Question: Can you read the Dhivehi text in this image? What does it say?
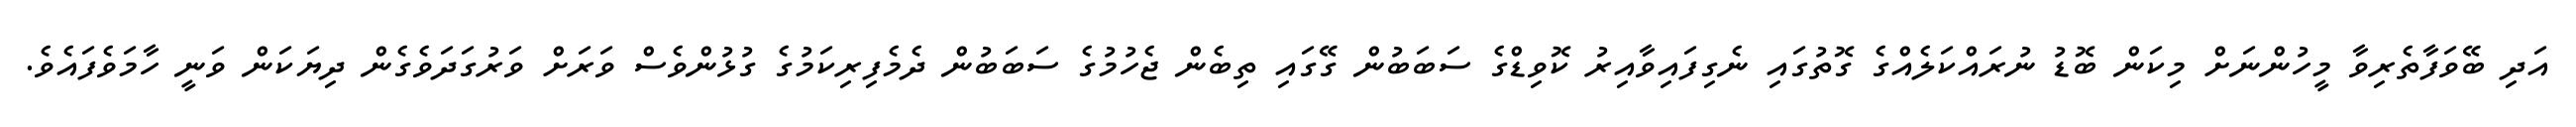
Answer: އަދި ބޭވަފާތެރިވާ މީހުންނަށް މިކަން ބޮޑު ނުރައްކަލެއްގެ ގޮތުގައި ނެގިފައިވާއިރު ކޮވިޑްގެ ސަބަބުން ގޭގައި ތިބެން ޖެހުމުގެ ސަބަބުން ދެމެފިރިކަމުގެ ގުޅުންވެސް ވަރަށް ވަރުގަދަވެގެން ދިޔަކަން ވަނީ ހާމަވެފައެވެ.